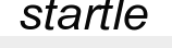
startle